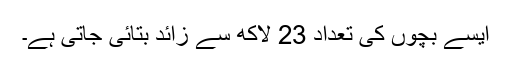
ایسے بچوں کی تعداد 23 لاکھ سے زائد بتائی جاتی ہے۔